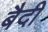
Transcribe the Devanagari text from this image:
बैदी